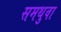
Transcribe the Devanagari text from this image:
समथुवा